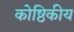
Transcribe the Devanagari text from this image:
कोष्ठिकीय